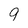
Character: 9